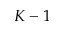
K - 1